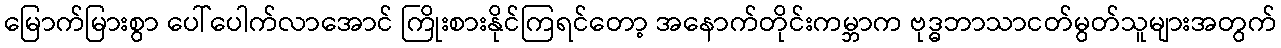
မြောက်မြားစွာ ပေါ်ပေါက်လာအောင် ကြိုးစားနိုင်ကြရင်တော့ အနောက်တိုင်းကမ္ဘာက ဗုဒ္ဓဘာသာငတ်မွတ်သူများအတွက်